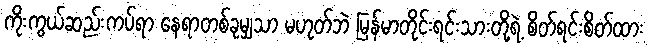
ကိုးကွယ်ဆည်းကပ်ရာ နေရာတစ်ခုမျှသာ မဟုတ်ဘဲ မြန်မာတိုင်းရင်းသားတို့ရဲ့ စိတ်ရင်းစိတ်ထား